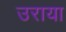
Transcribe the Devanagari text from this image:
उराया